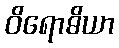
ဝိရောဓိယာ